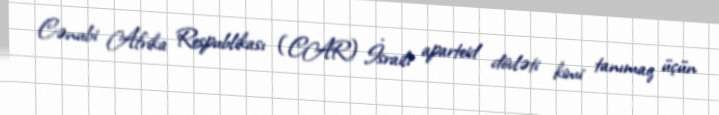
Cənubi Afrika Respublikası (CAR) İsraili aparteid dövləti kimi tanımaq üçün